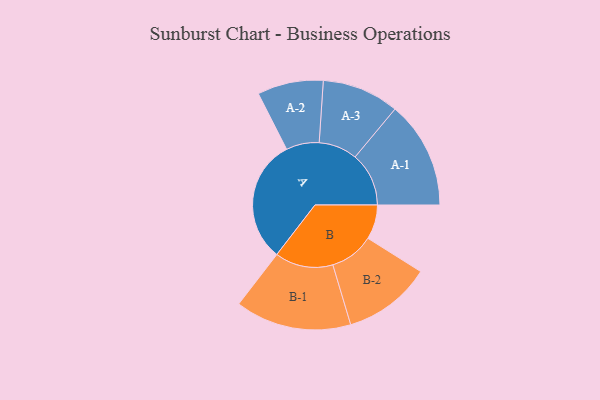
{"axis": {"x": "Segment", "y": "Value"}, "legend": ["", "A", "B"], "data": [{"x": "A", "y": 423, "type": ""}, {"x": "B", "y": 118, "type": ""}, {"x": "A-1", "y": 184, "type": "A"}, {"x": "A-2", "y": 113, "type": "A"}, {"x": "A-3", "y": 132, "type": "A"}, {"x": "B-1", "y": 199, "type": "B"}, {"x": "B-2", "y": 151, "type": "B"}]}